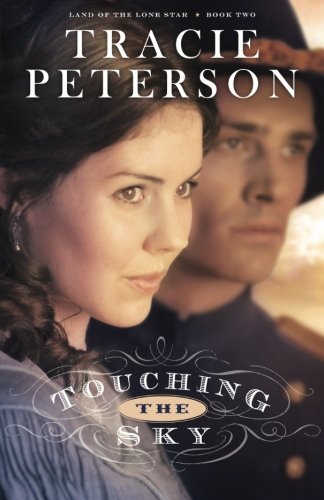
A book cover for Touching the Sky (Land of the Lone Star) (Volume 2); Tracie Peterson; Romance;